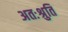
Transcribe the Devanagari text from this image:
अतःश्रुति